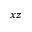
x z